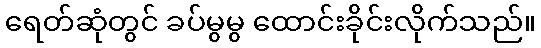
ရေတ်ဆုံတွင် ခပ်မွမွ ထောင်းခိုင်းလိုက်သည်။